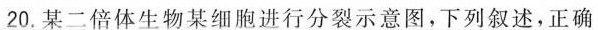
20.某二倍体生物某细胞进行分裂示意图，下列叙述，正确